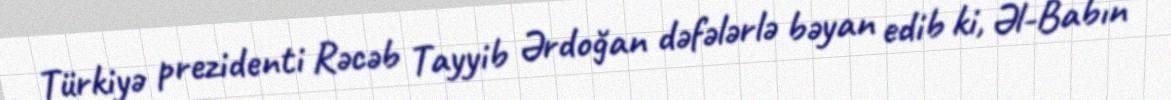
Türkiyə prezidenti Rəcəb Tayyib Ərdoğan dəfələrlə bəyan edib ki, Əl-Babın